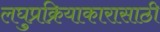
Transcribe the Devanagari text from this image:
लघुप्रक्रियाकारासाठी